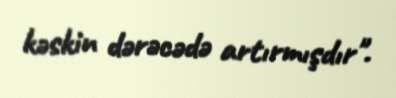
kəskin dərəcədə artırmışdır".